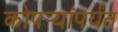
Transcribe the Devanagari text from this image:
कोपर्‍यांपर्यंत